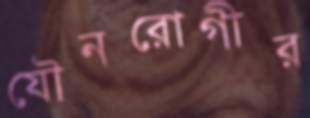
যৌনরোগীর